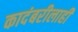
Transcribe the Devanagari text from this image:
कादंबरीलाही